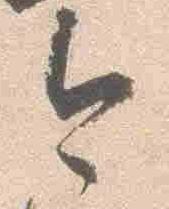
今